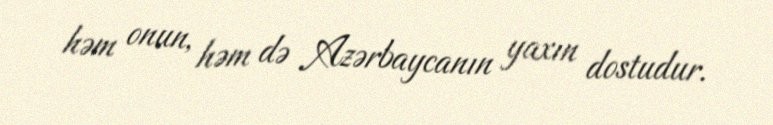
həm onun, həm də Azərbaycanın yaxın dostudur.